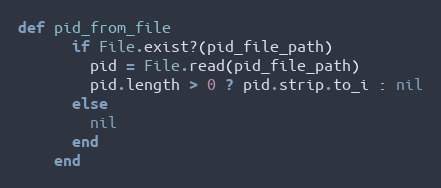
Language: Ruby
def pid_from_file
      if File.exist?(pid_file_path)
        pid = File.read(pid_file_path)
        pid.length > 0 ? pid.strip.to_i : nil
      else
        nil
      end
    end